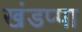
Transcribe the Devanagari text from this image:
खंडप्पा